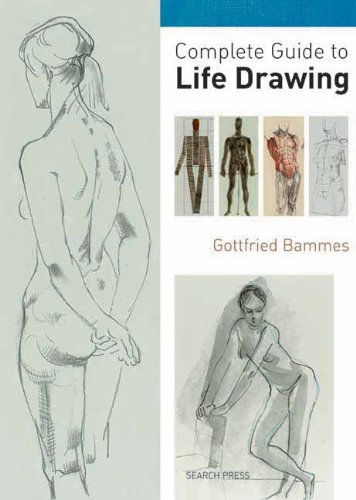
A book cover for Complete Guide to Life Drawing; Gottfried Bammes; Arts & Photography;